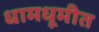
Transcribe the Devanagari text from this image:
धामधूमीत